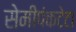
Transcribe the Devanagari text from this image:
सेमीपंकटेटा